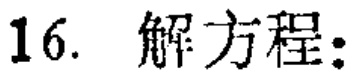
16. 解方程：